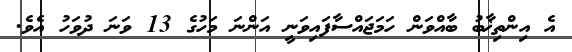
އެ އިންތިޚާބު ބާއްވަން ހަމަޖައްސާފައިވަނީ އަންނަ މަހުގެ 13 ވަނަ ދުވަހު އެވެ.